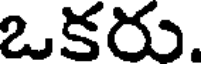
ఒకరు.